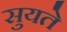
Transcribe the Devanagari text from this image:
सुयते